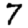
Digit: 7